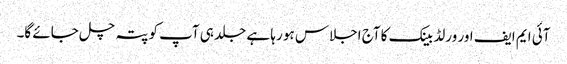
آئی ایم ایف اور ورلڈ بینک کا آج اجلاس ہو رہا ہے جلد ہی آپ کو پتہ چل جائے گا۔